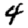
Digit: 4